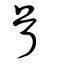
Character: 首